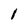
Character: l